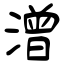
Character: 潧